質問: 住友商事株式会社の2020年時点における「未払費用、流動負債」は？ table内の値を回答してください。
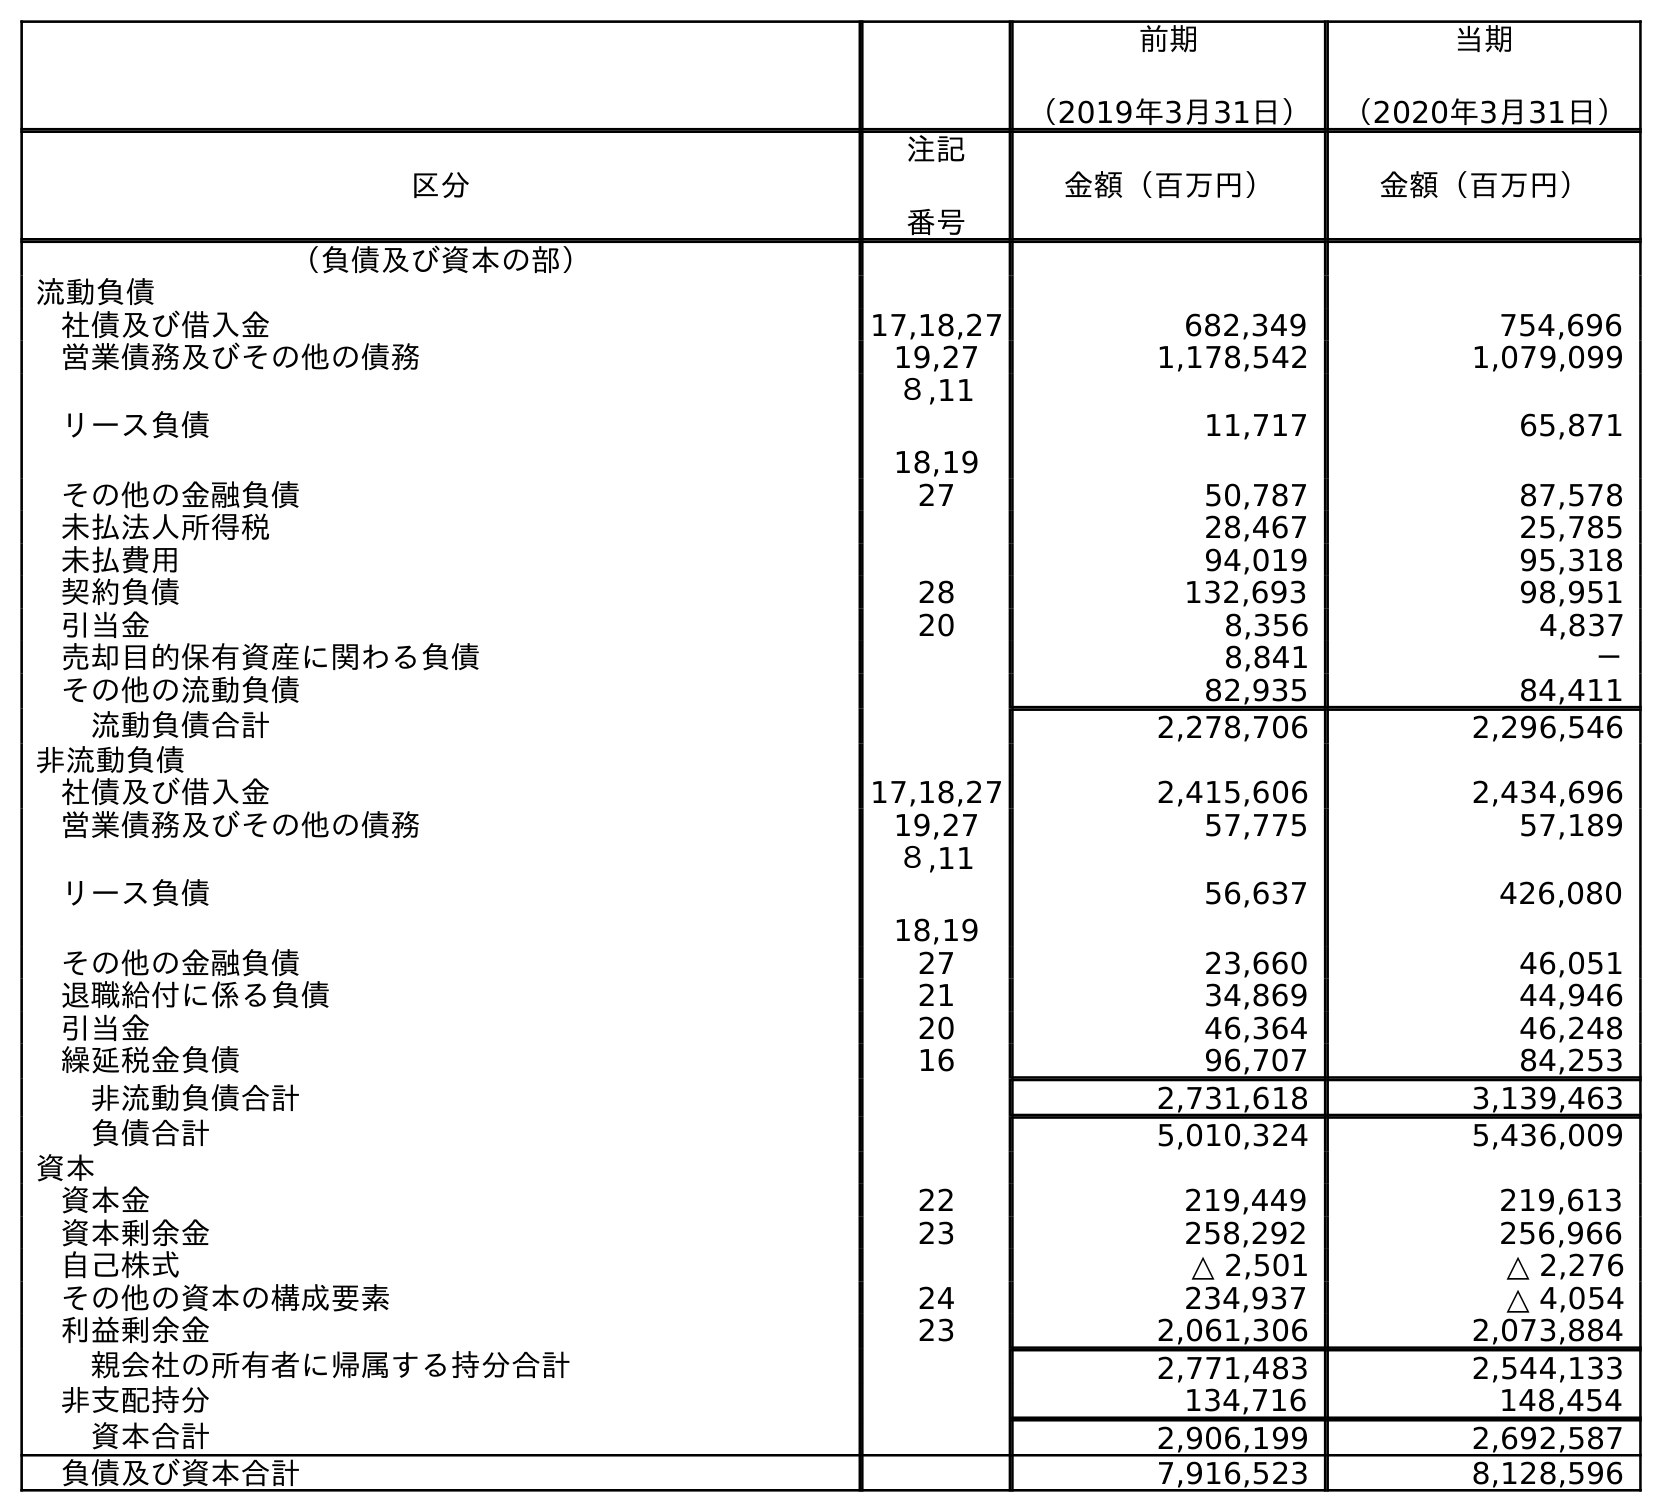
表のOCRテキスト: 前期 （2019年3月31日） 当期 （2020年3月31日） 区分 注記 番号 金額（百万円） 金額（百万円） （負債及び資本の部） 流動負債 社債及び借入金 17,18,27 682,349 754,696 営業債務及びその他の債務 19,27 1,178,542 1,079,099 リース負債 ８,11 18,19 11,717 65,871 その他の金融負債 27 50,787 87,578 未払法人所得税 28,467 25,785 未払費用 94,019 95,318 契約負債 28 132,693 98,951 引当金 20 8,356 4,837 売却目的保有資産に関わる負債 8,841 － その他の流動負債 82,935 84,411 流動負債合計 2,278,706 2,296,546 非流動負債 社債及び借入金 17,18,27 2,415,606 2,434,696 営業債務及びその他の債務 19,27 57,775 57,189 リース負債 ８,11 18,19 56,637 426,080 その他の金融負債 27 23,660 46,051 退職給付に係る負債 21 34,869 44,946 引当金 20 46,364 46,248 繰延税金負債 16 96,707 84,253 非流動負債合計 2,731,618 3,139,463 負債合計 5,010,324 5,436,009 資本 資本金 22 219,449 219,613 資本剰余金 23 258,292 256,966 自己株式 △ 2,501 △ 2,276 その他の資本の構成要素 24 234,937 △ 4,054 利益剰余金 23 2,061,306 2,073,884 親会社の所有者に帰属する持分合計 2,771,483 2,544,133 非支配持分 134,716 148,454 資本合計 2,906,199 2,692,587 負債及び資本合計 7,916,523 8,128,596
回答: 95,318